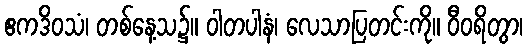
ဧကဒိဝသံ၊ တစ်နေ့သ၌။ ဝါတပါနံ၊ လေသာပြတင်းကို။ ဝီဝရိတွာ၊